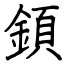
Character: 顉